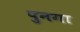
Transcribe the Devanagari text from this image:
पुनगा